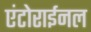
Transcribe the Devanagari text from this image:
एंटोराईनल